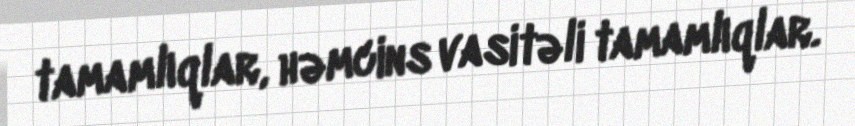
tamamlıqlar, həmcins vasitəli tamamlıqlar.